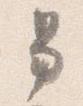
男